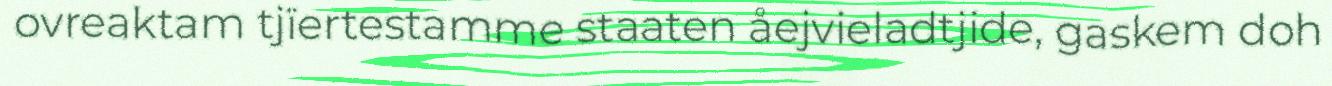
ovreaktam tjïertestamme staaten åejvieladtjide, gaskem doh